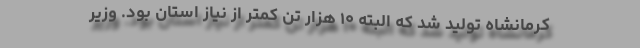
کرمانشاه تولید شد که البته ۱۰ هزار تن کمتر از نیاز استان بود. وزیر